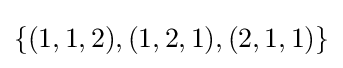
\{(1,1,2),(1,2,1),(2,1,1)\}